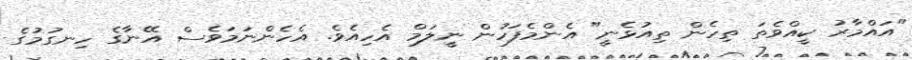
"އައްމާރު ކީއްވެތަ ތިހެން ތިއުޅެނީ" އެންމެފަހުން ނީލަމް އެހިއެވެ. އެހެންނަމަވެސް އޭނާގެ ހިނގުމުގެ